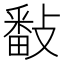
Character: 𢿥